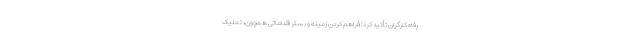
رفاه کارگران تأکید کرد: فراهم کردن زمینه و بستر اقداماتی همچون، تملیک